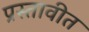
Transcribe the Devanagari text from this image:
प्रस्तावीत